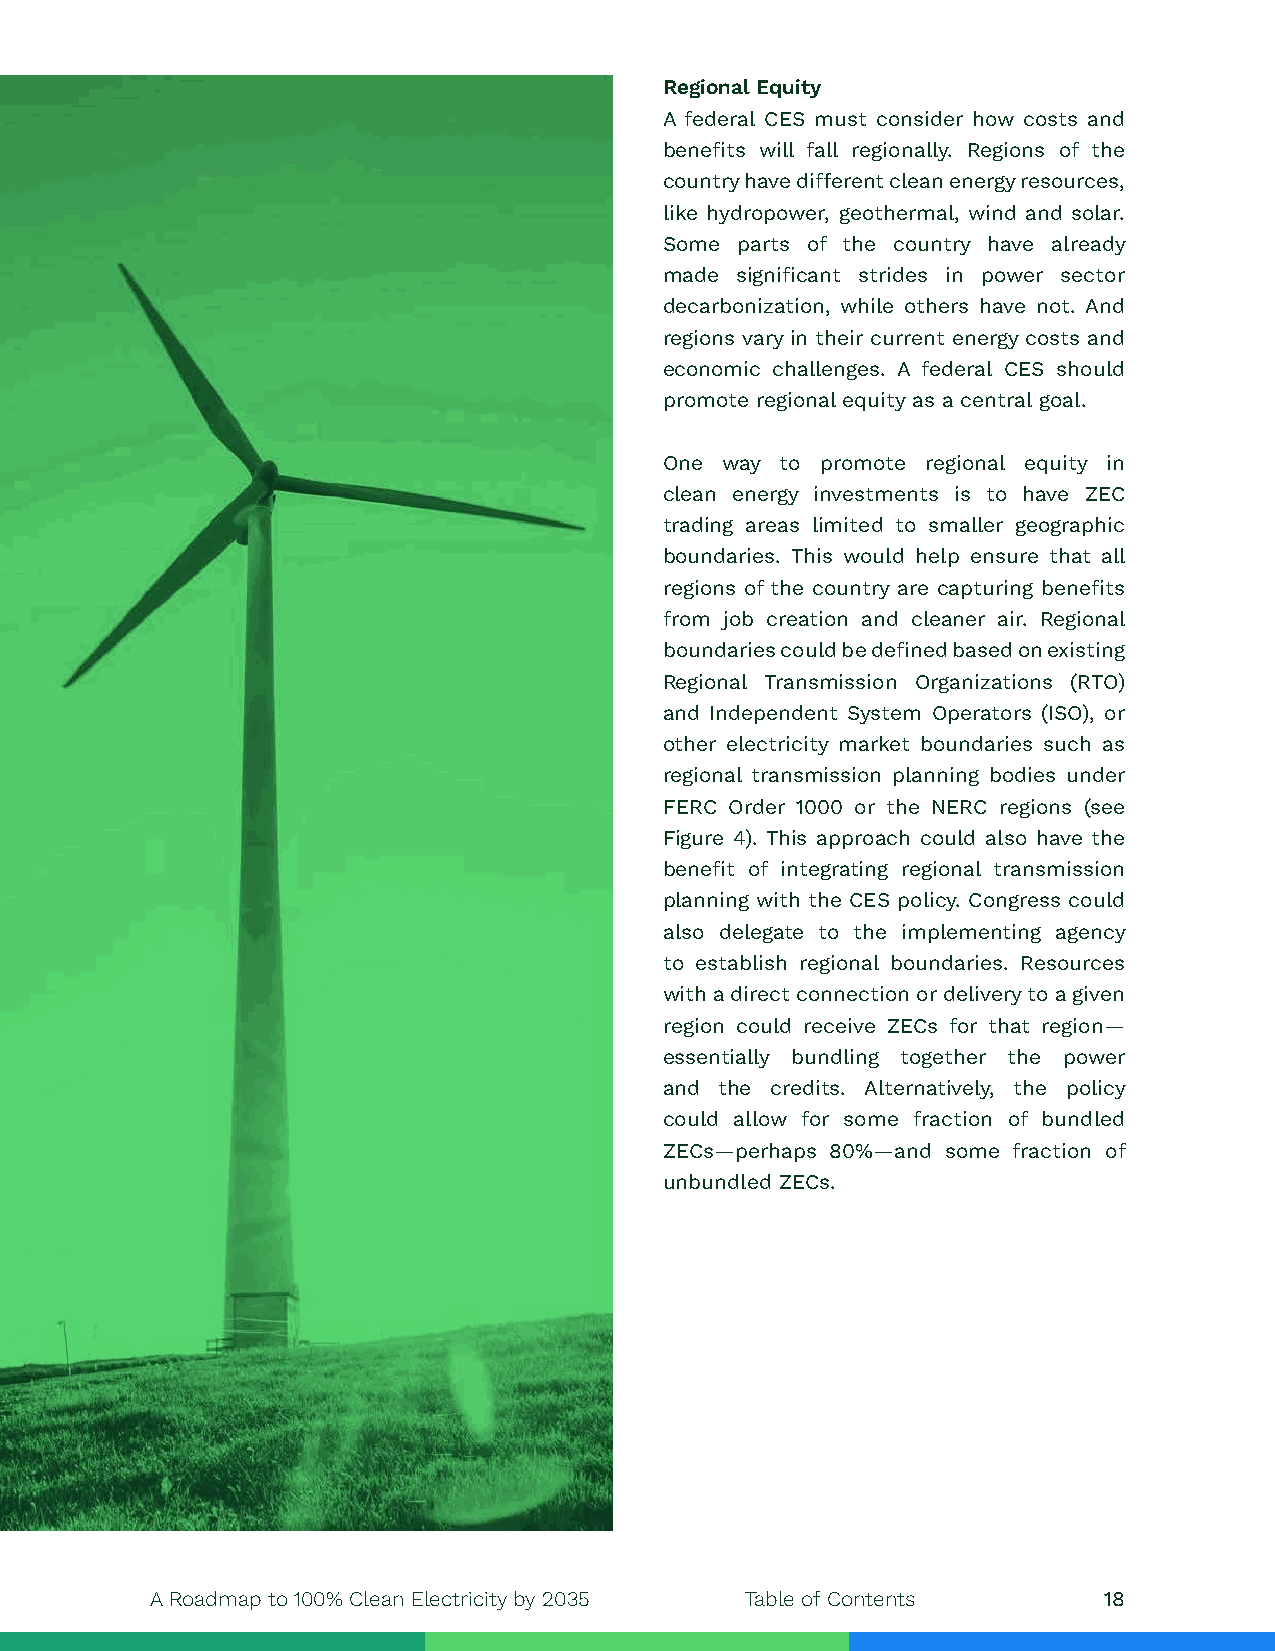
Regional Equity
 A federal CES must consider how costs and
 benefits will fall regionally. Regions of the
 country have different clean energy resources,
 like hydropower, geothermal, wind and solar.
 Some parts of the country have already
 made significant strides in power sector
 decarbonization, while others have not. And
 regions vary in their current energy costs and
 economic challenges. A federal CES should
 promote regional equity as a central goal.
 One way to promote regional equity in
 clean energy investments is to have ZEC
 trading areas limited to smaller geographic
 boundaries. This would help ensure that all
 regions of the country are capturing benefits
 from job creation and cleaner air. Regional
 boundaries could be defined based on existing
 Regional Transmission Organizations (RTO)
 and Independent System Operators (ISO), or
 other electricity market boundaries such as
 regional transmission planning bodies under
 FERC Order 1000 or the NERC regions (see
 Figure 4). This approach could also have the
 benefit of integrating regional transmission
 planning with the CES policy. Congress could
 also delegate to the implementing agency
 to establish regional boundaries. Resources
 with a direct connection or delivery to a given
 region could receive ZECs for that region—
 essentially bundling together the power
 and the credits. Alternatively, the policy
 could allow for some fraction of bundled
 ZECs—perhaps 80%—and some fraction of
 unbundled ZECs.
 A Roadmap to 100% Clean Electricity by 2035 Table of Contents  18